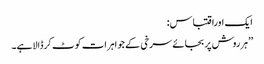
ایک اوراقتباس:
’’ہرروش پربجائے سرخی کے جواہرات کوٹ کرڈالاہے۔